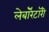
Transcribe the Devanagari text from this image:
लेबाॅरेटाॅरी